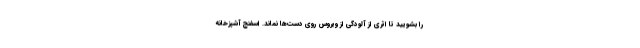
را بشویید تا اثری از آلودگی از ویروس روی دست‌ها نماند. اسفنج آشپزخانه